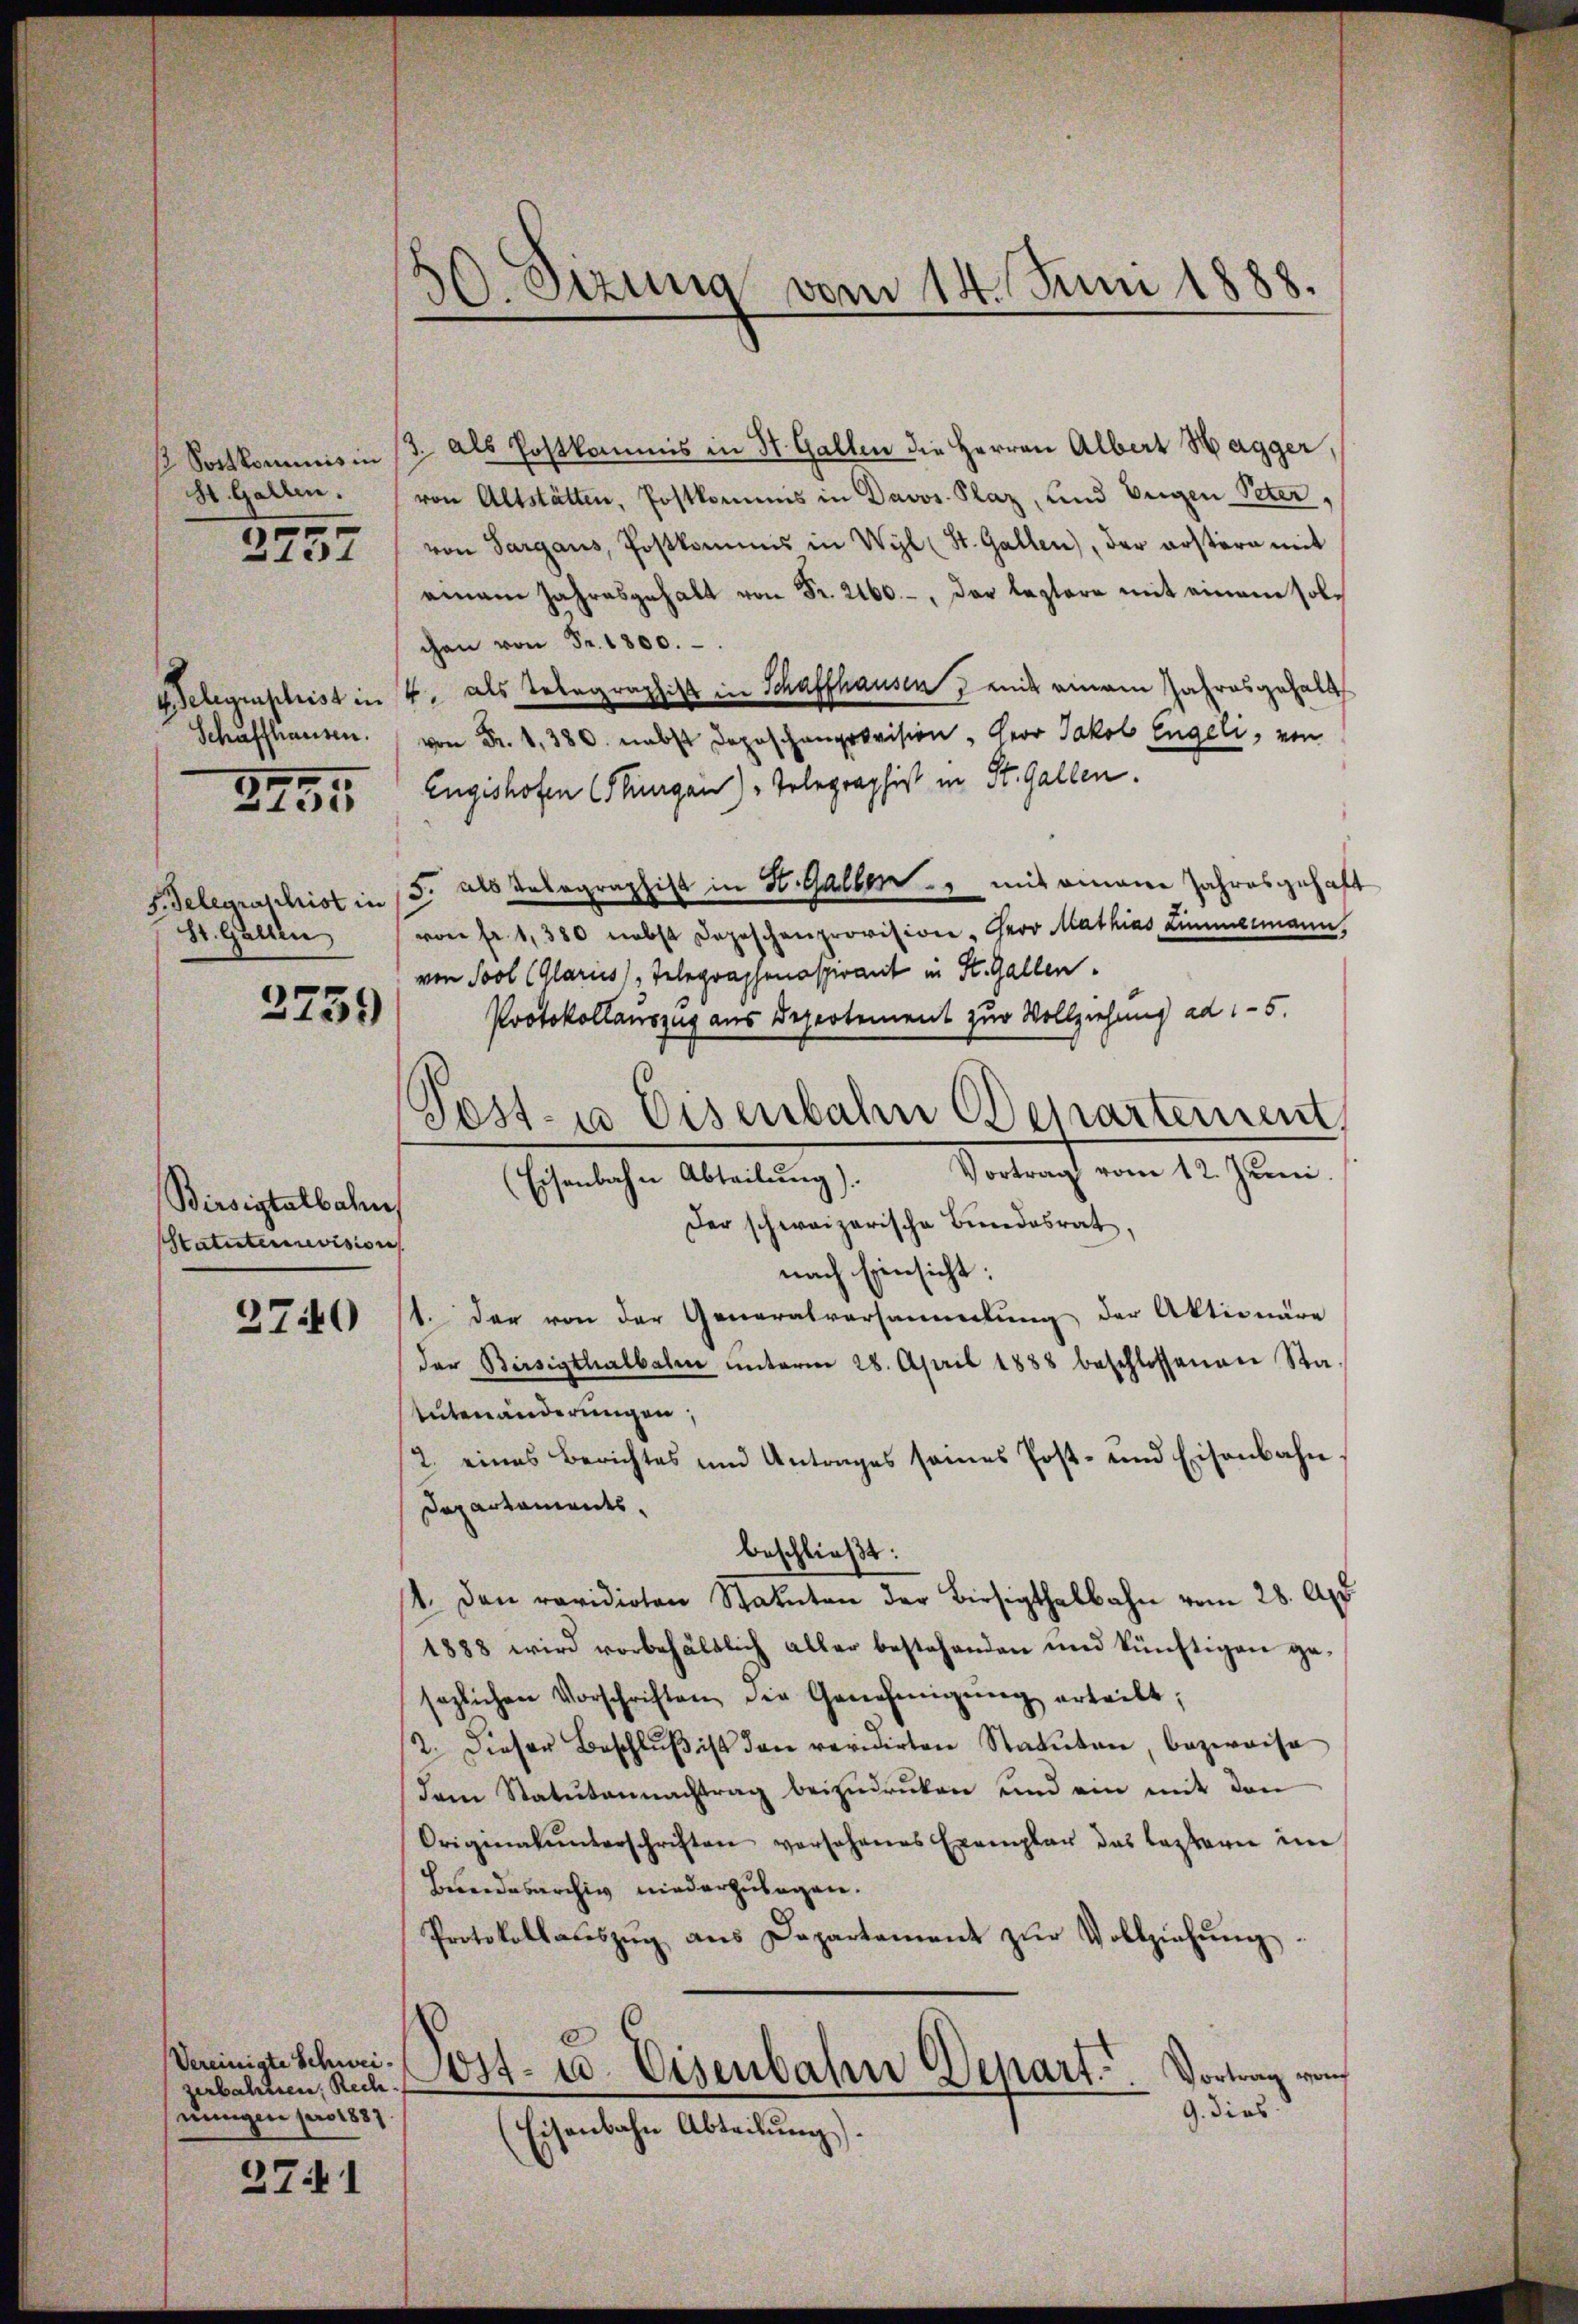
Sortkommnis in
St. Gallen.

2737

Schaffhausen.

3935

St. Gallen

3759)

Birsistalbahn
Statutenirevision

2740

Vereinigte Schweizerbahnen, Rech
uungen pro 1887.

3741

80. Sizung vom 14. Juni 1888.

3. als Postkommis in St. Gallen die Herren Albert Hagger,
von Altstätten, Postkommis in Davos- Plaz, und Eigen Peter,
von Sargaus, Postkommis in Wyl (St. Gallen), der erstern mit
einem Jahresgehalt von Fr. 2160.-, der leztere mit einem solchen von Fr. 1800.
Belegenschrist in 4. als Telegraphist in Schaffhausen mit einem Jahresgehalt
 . . 380. nebst Depeschenprovision, Herr Jakob Engeli, von
Engishofen (Thurgau) Telegraphist in St. Gallen.
F. Gelegraschrist in 15. als Telegraphist in St. Gallen, mit einem Jahresgehaft
von Fr. 1380 nebst Depeschenprovision - Herr Mathias Limmermann,
von Sool (Glarus) Telegraphenaspirant in St. Gallen.
Protokollauszug aus Depertement zur Vollziehung ad 15.
Post- u Eisenbahn Departement
Vortrag vom 12. Juni.
(Eisenbahn Abteilung).
Der schweizerische Bundesrat
nach Einsicht:
1. Der von der Generalversammlung der Aktionäre
der Birsigthalbalm ŭnterm 28. April 1888 beschlossenen Sta-
tutenänderungen,
2. eines Berichtes und Antrages seines Post- und Eisenbahn
Departaments,
beschließt:
14. Den revidirten Statuten der Biesigthalbahn vom 28. Apr
1888 wird vorbehältlich aller bestehenden und künftigen ge-
sezlichen Vorschriften der Genehmigŭng erteilt;
2. Dieser Beschlŭβ ist den revidirten Statuten, bezweise
dam Statutennachtrag beizŭdrüken und ein mit den
Originalunterschriften vorsehenes Exemplar das leztern im
Bundesarchiv niederzulegen.
Protokollauszug aus Departement zŭr Vollziehung.
s
Sost- u. Eisenbahn Depart
Vortrag von
9. dies
(Eisenbahn Abteilung).